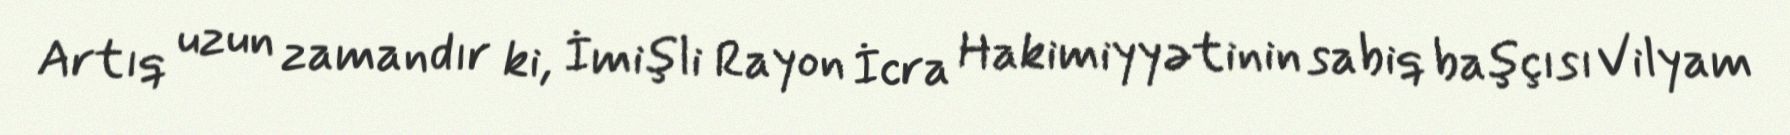
Artıq uzun zamandır ki, İmişli Rayon İcra Hakimiyyətinin sabiq başçısı Vilyam